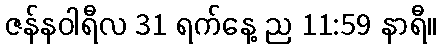
ဇန်နဝါရီလ 31 ရက်နေ့ ည 11:59 နာရီ။